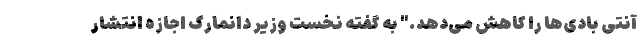
آنتی بادی‌ها را کاهش می‌دهد." به گفته نخست وزیر دانمارک اجازه انتشار